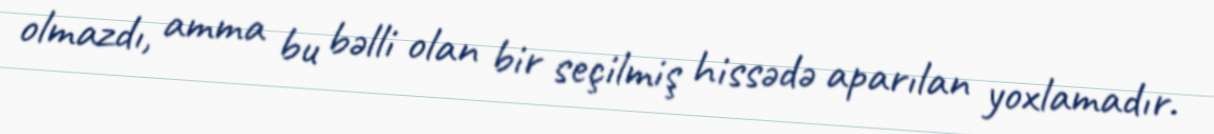
olmazdı, amma bu bəlli olan bir seçilmiş hissədə aparılan yoxlamadır.